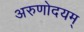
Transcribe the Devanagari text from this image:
अरुणोदयम्